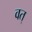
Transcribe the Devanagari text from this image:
वत्